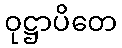
ဝုဋ္ဌာပိတေ